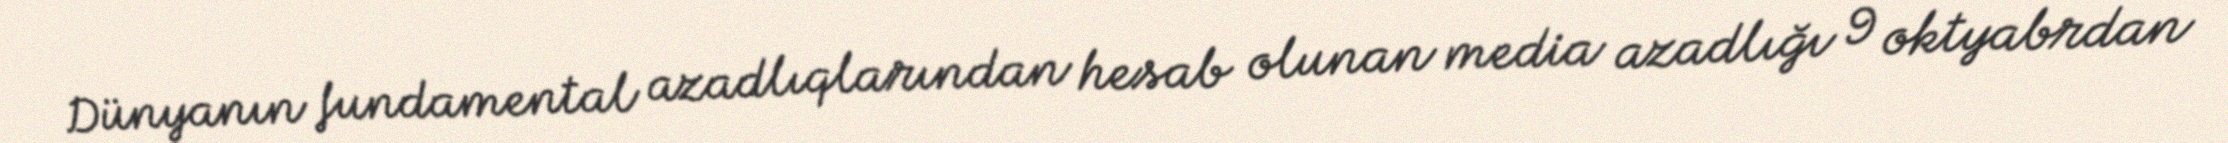
Dünyanın fundamental azadlıqlarından hesab olunan media azadlığı 9 oktyabrdan